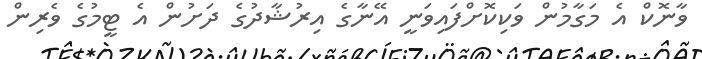
ވާނޮކް އެ މަގާމުން ވަކިކޮށްފައިވަނީ އޭނާގެ އިރުޝާދުގެ ދަށުން އެ ޓީމުގެ ވެރިން